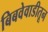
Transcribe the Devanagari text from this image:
बिबवेवाडीतून